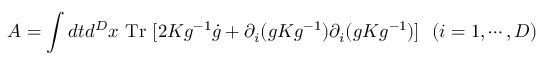
A = \int d t d ^ { D } x \mathrm { ~ T r ~ } [ 2 K g ^ { - 1 } \dot { g } + \partial _ { i } ( g K g ^ { - 1 } ) \partial _ { i } ( g K g ^ { - 1 } ) ] ~ ~ ( i = 1 , \cdots , D )